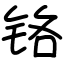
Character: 铬